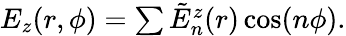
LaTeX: \begin{array}{r}{E_{z}(r,\phi)=\sum\tilde{E}_{n}^{z}(r)\cos(n\phi).}\end{array}